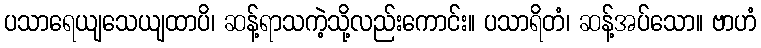
ပသာရေယျသေယျထာပိ၊ ဆန့်ရာသကဲ့သို့လည်းကောင်း။ ပသာရိတံ၊ ဆန့်အပ်သော။ ဗာဟံ